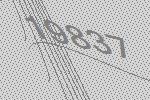
19837